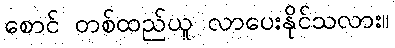
စောင် တစ်ထည်ယူ လာပေးနိုင်သလား။